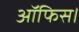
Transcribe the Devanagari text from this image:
आॅफिस।